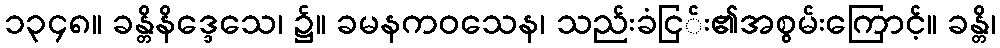
၁၃၄၈။ ခန္တိနိဒ္ဒေသေ၊ ၌။ ခမနကဝသေန၊ သည်းခံငြ်း၏အစွမ်းကြောင့်။ ခန္တိ၊